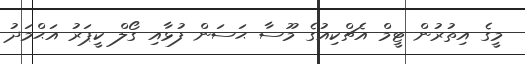
މީގެ އިތުރުން ޓީމް އެޗްކިއުގެ މޫސާ ޙަސަން ފުޅާއި ގޯލް ކީޕަރު އަޙްމަދު